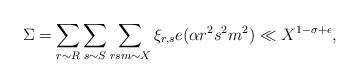
LaTeX: \begin{align*} \Sigma = \sum_{r \sim R} \sum_{s \sim S} \sum_{rsm \sim X} \xi_{r,s} e(\alpha r^2s^2m^2) \ll X^{1 - \sigma + \epsilon}, \end{align*}